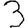
Digit: 3